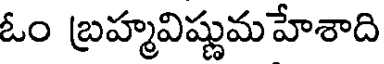
ఓం బ్రహ్మవిష్ణుమహేశాది